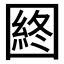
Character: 𡈡